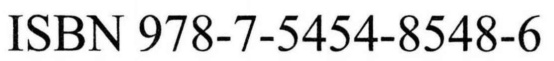
ISBN 978-7-5454-8548-6